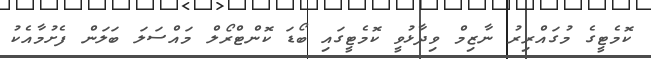
ކޮމެޓީގެ މުގައްރިރު ނާޒިމް ވިދާޅުވީ ކޮމެޓީގައި ބޯޑަ ކޮންޓްރޯލް މައްސަލަ ބަލަން ފެށުމާއެކު